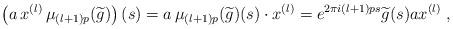
LaTeX: \begin{align*} \left( a \, x^{(l)} \, \mu_{(l+1)p} (\widetilde{g}) \right) (s) = a \, \mu_{(l+1)p} (\widetilde{g}) (s) \cdot x^{(l)} = e^{2 \pi i (l+1)p s} \widetilde{g} (s) a x^{(l)} \; , \end{align*}